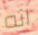
انه